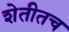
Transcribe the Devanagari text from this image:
शेतीतच